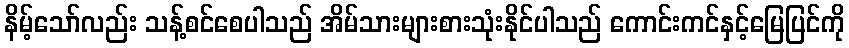
နိမ့်သော်လည်း သန့်စင်စေပါသည် အိမ်သားများစားသုံးနိုင်ပါသည် ကောင်းကင်နှင့်မြေပြင်ကို